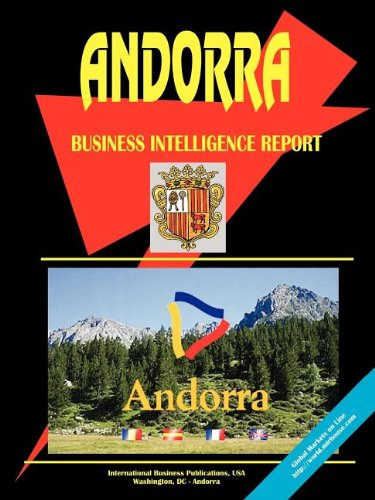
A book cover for Andorra: Business Intelligence Report; Ibp Usa; Travel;